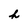
Character: h